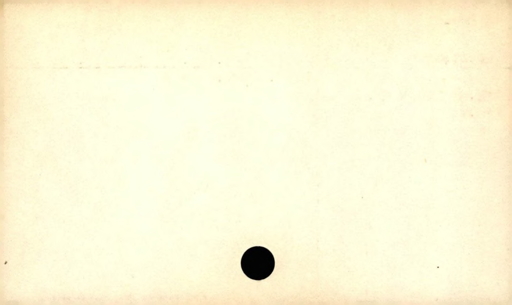
Label: blank